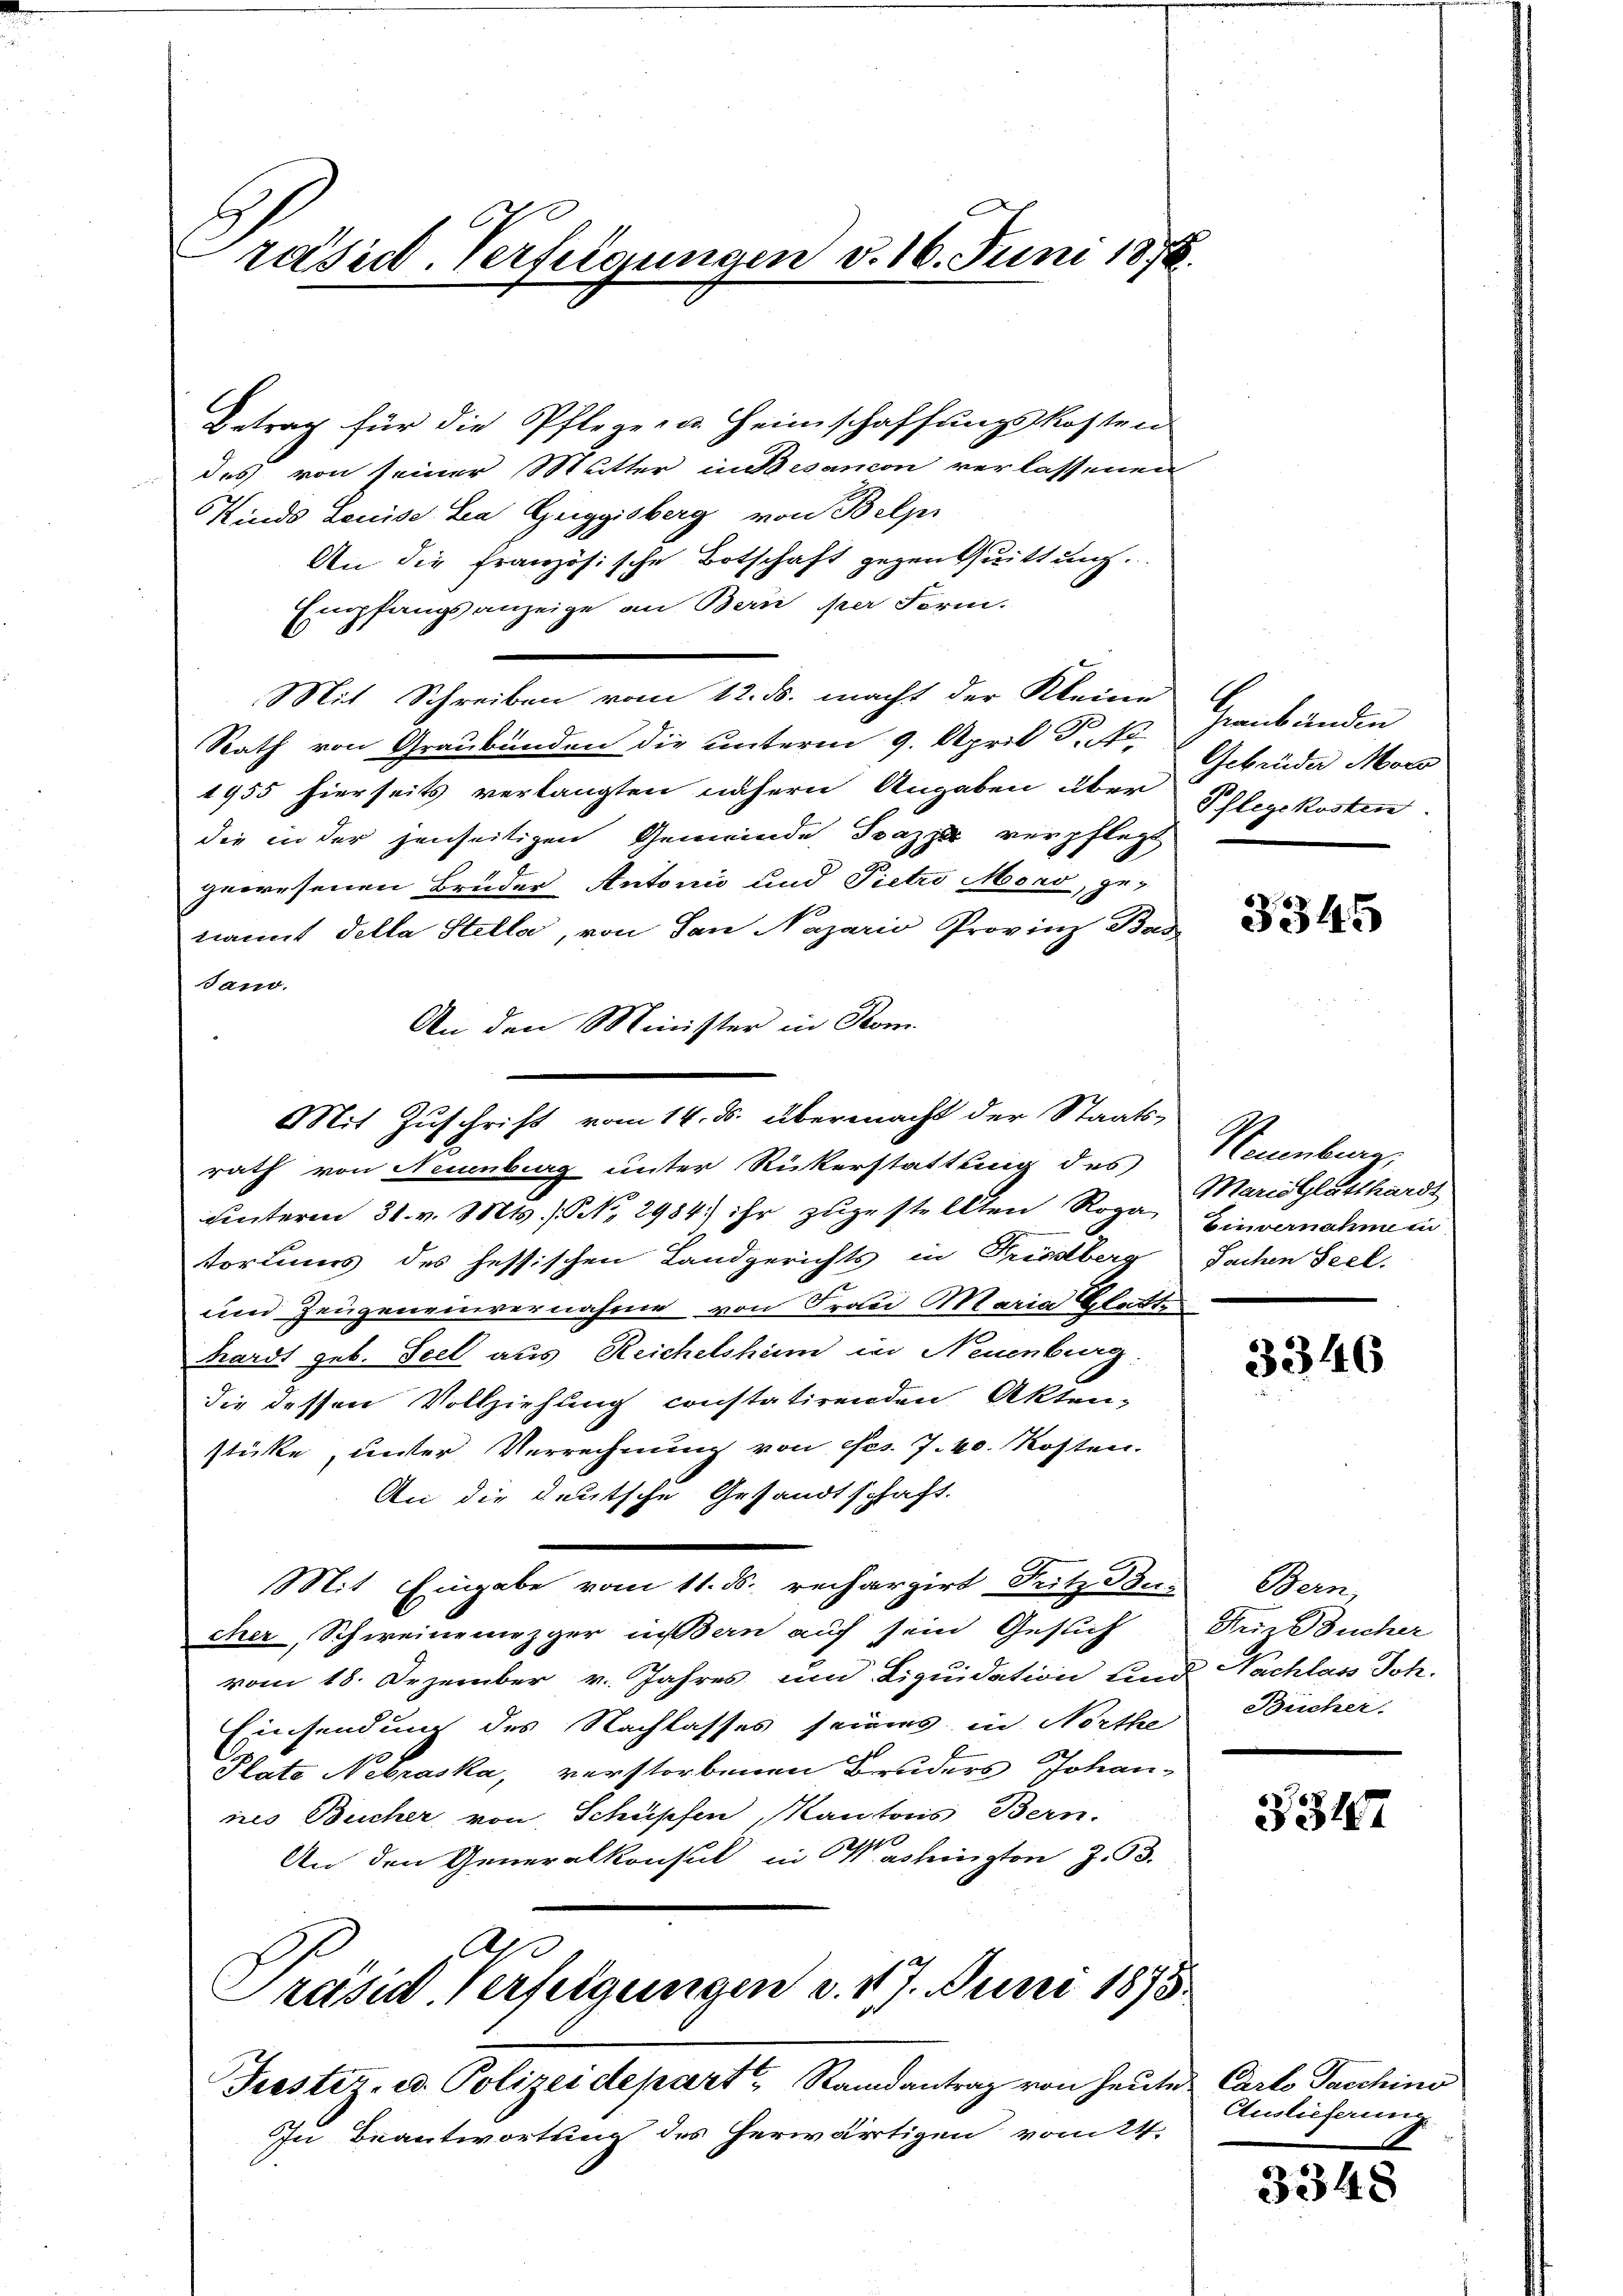
C
räsid. Verfügungen v. 16. Juni 1876.

Betrag für die Pflegen u. Heimschaffungskosten
des von seiner Mutter indesanion verlassenen
KKinds Louise la Guggisberg von Belpr
An die Französische Botschaft gegen Quittung.
Empfangsanzeige an Bern per Form.
Mit Schreiben vom 12. ds. macht der Kleine
Rath von Graubünden die unterm 9. April d. J.
1955 hierseits verlangten nähern Angaben über
die in der jenseitigen Gemeinde Spazza verpflegt,
gewesenen Brüder Antonis und Pietro Mord, ge-
nannt Tella Stella, von den Nazario Provinz Bas
Sano.
An den Minister in Rom.
Mit Zuschrift vom 14. ds. übermacht der Staats-

rath von Neuenburg unter Rükerstattung des
unterm 31. v. Mts. (S. 2984) ihr zugestellten Roga Einvernahmen
tortinus des hessischen Landgerichts in Friedberg Sachen Seel.
und Zeugeneinvernahme von Frau Maria Glatte
hardt geb. Seel aus Reichelshüm in Neuenburg
die dessen Vollziehung constatirenden Akten-
stücke, unter Verrechnung von des 7. 40. Kosten.
An die deutsche Gesandtschaft.
Mit Eingabe vom 11. ds. rechargirt Fritz Bu-
cher, Schweinemezger unsern auf sein Gesuch
vom 18. Dezember v. Jahres um Liquidation und
Einsendung des Nachlasses seines in Northe
Plate Nebraska, verstorbenen Bruders Johanneo Bucher von Schüpfen, Kantons Bern.
An den Generalkonsul in Washington Z. 93.
de
Präsid. Verfeigungen d. 117. Juni 1875.

Trester, ed. Polizeidepart Randantrag von heute Carto Taschins

In Beantwortung des herwärtigen vom 24.

Heanbänden
Gebrüder Mor
Pflegekosten.

3345

Neuenburg
Maria Glatthardt

3346

Bern.
Friz Bucher
Nachlass Joh.
Bücher.

3517

Auslieferung

3348